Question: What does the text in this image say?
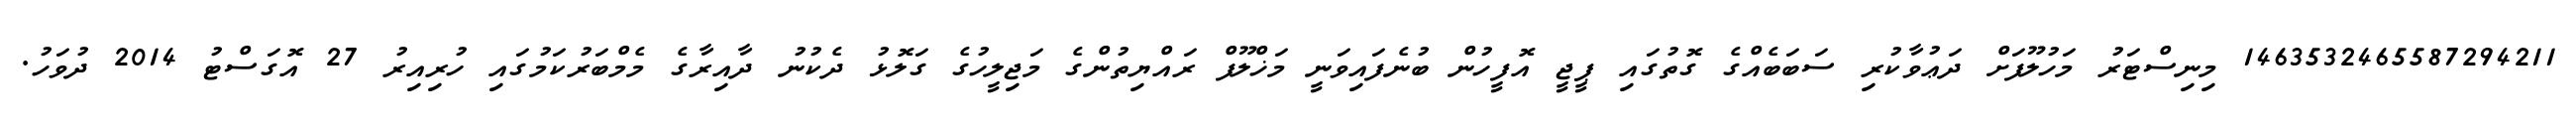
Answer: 1463532465587294211 މިނިސްޓަރު މަހުލޫފަށް ދަޢުވާކުރި ސަބަބެއްގެ ގޮތުގައި ޕީޖީ އޮފީހުން ބުނެފައިވަނީ މަޚްލޫފް ރައްޔިތުންގެ މަޖިލީހުގެ ގަލޮޅު ދެކުނު ދާއިރާގެ މެމްބަރުކަމުގައި ހުރިއިރު 27 އޮގަސްޓު 2014 ދުވަހު.